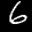
Label: 6